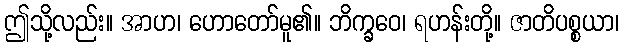
ဤသို့လည်း။ အာဟ၊ ဟောတော်မူ၏။ ဘိက္ခဝေ၊ ရဟန်းတို့။ ဇာတိပစ္စယာ၊